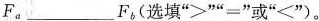
$$F_{a}___F_{b}$$(选填”>””=”或”<”)。